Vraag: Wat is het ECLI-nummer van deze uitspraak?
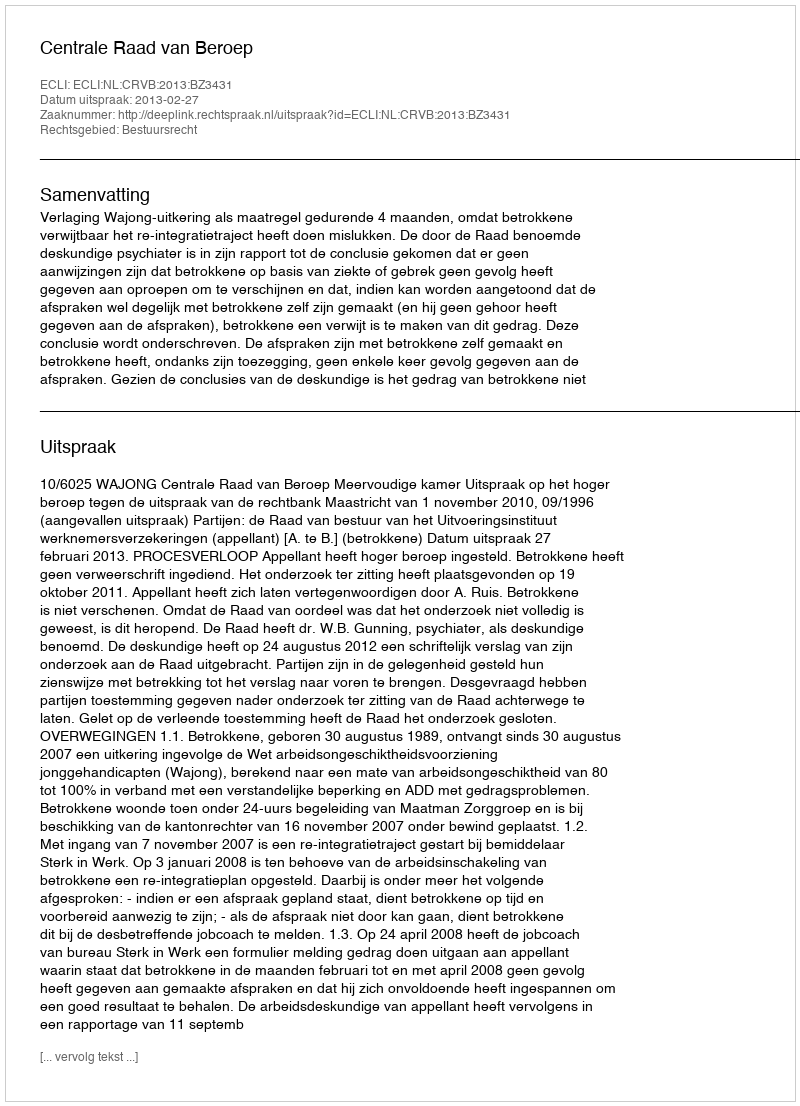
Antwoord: ECLI:NL:CRVB:2013:BZ3431